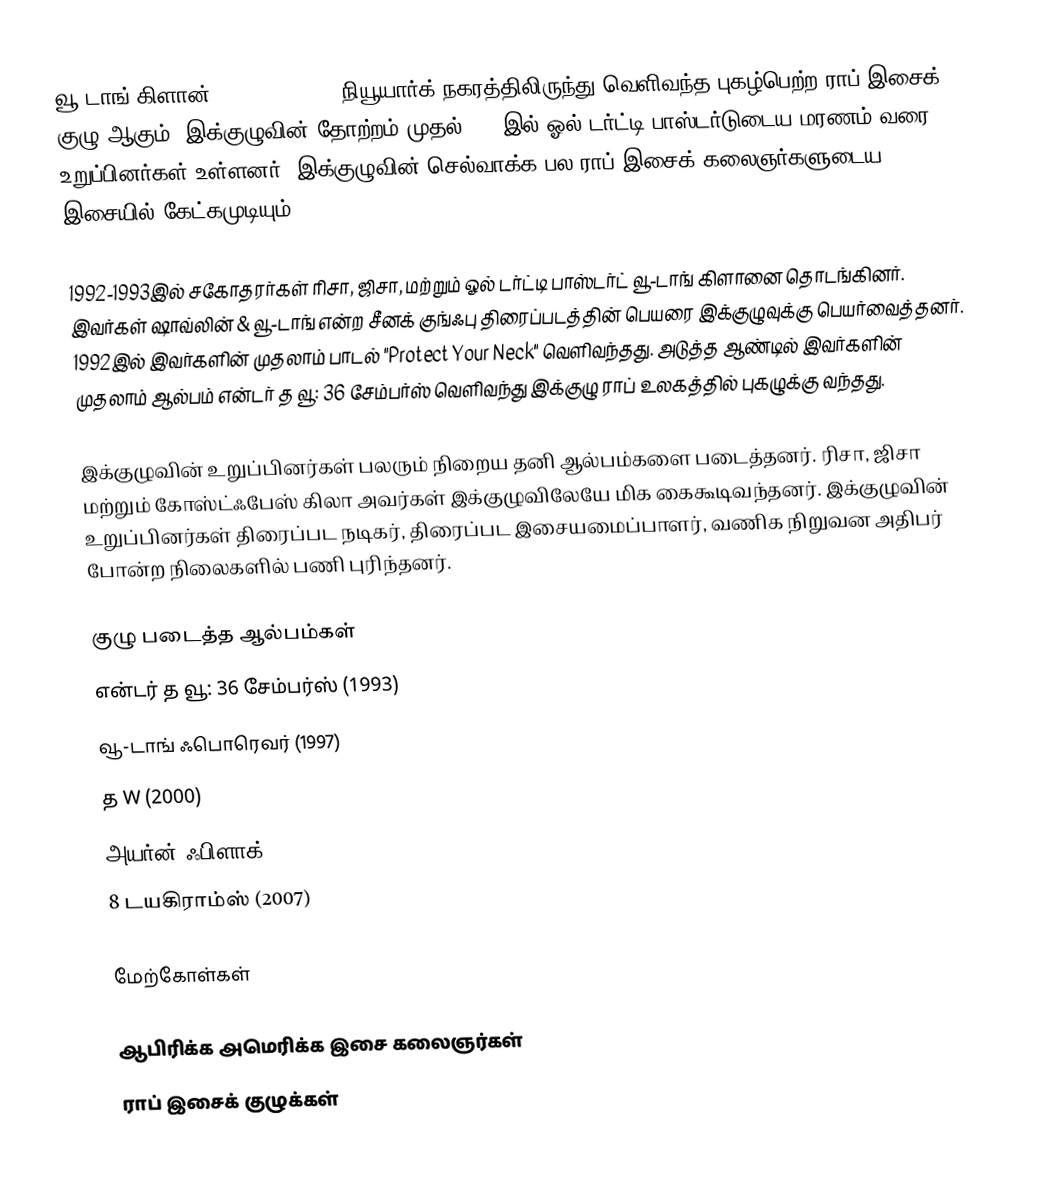
வூ-டாங் கிளான் (Wu-Tang Clan) நியூயார்க் நகரத்திலிருந்து வெளிவந்த புகழ்பெற்ற ராப் இசைக் குழு ஆகும். இக்குழுவின் தோற்றம் முதல் 2004இல் ஓல் டர்ட்டி பாஸ்டர்டுடைய மரணம் வரை 9 உறுப்பினர்கள் உள்ளனர். இக்குழுவின் செல்வாக்க பல ராப் இசைக் கலைஞர்களுடைய இசையில் கேட்கமுடியும்.

1992-1993இல் சகோதரர்கள் ரிசா, ஜிசா, மற்றும் ஓல் டர்ட்டி பாஸ்டர்ட் வூ-டாங் கிளானை தொடங்கினர். இவர்கள் ஷாவ்லின் & வூ-டாங் என்ற சீனக் குங்ஃபு திரைப்படத்தின் பெயரை இக்குழுவுக்கு பெயர்வைத்தனர். 1992இல் இவர்களின் முதலாம் பாடல் "Protect Your Neck" வெளிவந்தது. அடுத்த ஆண்டில் இவர்களின் முதலாம் ஆல்பம் என்டர் த வூ: 36 சேம்பர்ஸ் வெளிவந்து இக்குழு ராப் உலகத்தில் புகழுக்கு வந்தது.

இக்குழுவின் உறுப்பினர்கள் பலரும் நிறைய தனி ஆல்பம்களை படைத்தனர். ரிசா, ஜிசா மற்றும் கோஸ்ட்ஃபேஸ் கிலா அவர்கள் இக்குழுவிலேயே மிக கைகூடிவந்தனர். இக்குழுவின் உறுப்பினர்கள் திரைப்பட நடிகர், திரைப்பட இசையமைப்பாளர், வணிக நிறுவன அதிபர் போன்ற நிலைகளில் பணி புரிந்தனர்.

குழு படைத்த ஆல்பம்கள்
 என்டர் த வூ: 36 சேம்பர்ஸ் (1993)
 வூ-டாங் ஃபொரெவர் (1997)
 த W (2000)
 அயர்ன் ஃபிளாக் (2001)
 8 டயகிராம்ஸ் (2007)

மேற்கோள்கள்

ஆபிரிக்க அமெரிக்க இசை கலைஞர்கள்
ராப் இசைக் குழுக்கள்